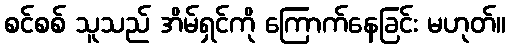
စင်စစ် သူသည် အိမ်ရှင်ကို ကြောက်နေခြင်း မဟုတ်။